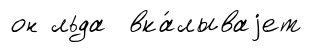
он льда вка́лываjет